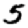
Digit: 5